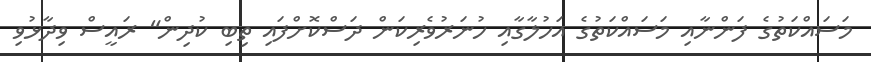
މަސައްކަތުގެ ފަންނާއި މަސައްކަތުގެ އަހުލާގާއި ހުނަރުވެރިކަން ދަސްކޮށްފައި ތިބި ކުދިން" ރައީސް ވިދާޅުވި